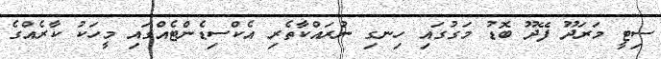
ސިޓީ މަރަދޫ ފޭދޫ ބޮޑު މަގުގައި ހިނގި ނުރައްކާތެރި އެކްސިޑެންޓެއްގައި މީހަކު ކާރެއްގެ